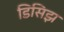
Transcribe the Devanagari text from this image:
डिसिझ